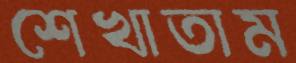
শেখাতাম